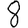
Digit: 8